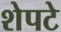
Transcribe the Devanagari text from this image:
शेपटे